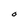
Character: O